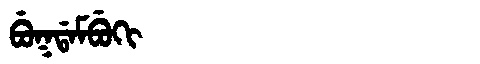
Manchu: ᠪᡠᡴᡩᠠᠮᠪᡠᡴᡳ
Romanization: BUKDAMBUKI